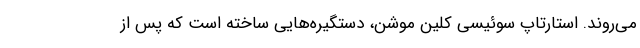
می‌روند. استارتاپ سوئیسی کلین موشن، دستگیره‌هایی ساخته است که پس از